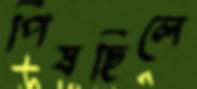
পিষছিলে